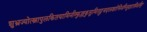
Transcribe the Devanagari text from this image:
शुभ्रज्योत्स्नापुलकितयामिनीम्फुल्लकुसुमितद्रुमदलशोभिनीम्सुहासिनीम्